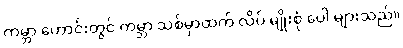
ကမ္ဘာ ဟောင်းတွင် ကမ္ဘာ သစ်မှာထက် လိပ် မျိုးစုံ ပေါ များသည်။